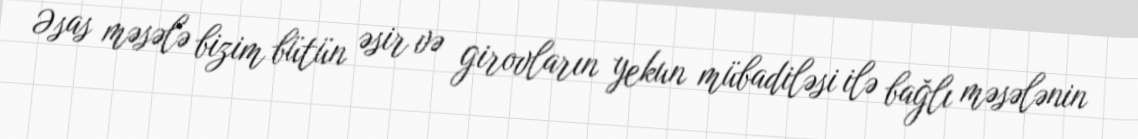
Əsas məsələ bizim bütün əsir və girovların yekun mübadiləsi ilə bağlı məsələnin